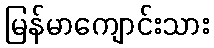
မြန်မာကျောင်းသား